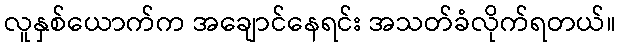
လူနှစ်ယောက်က အချောင်နေရင်း အသတ်ခံလိုက်ရတယ်။